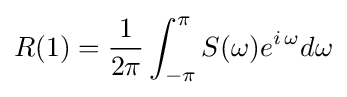
R(1)={\frac {1}{2\pi }}\int _{-\pi }^{\pi }S(\omega )e^{i\,\omega }d\omega